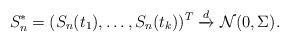
LaTeX: \begin{align*} S_n^* = (S_n(t_1), \ldots, S_n(t_k))^T \xrightarrow{d} \mathcal{N}(0, \Sigma). \end{align*}